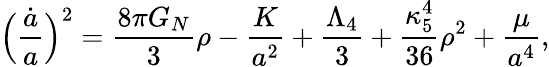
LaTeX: \Bigl(\frac{{\dot{a}}}{a}\Bigr)^{2}=\frac{8\pi G_{N}}{3}\rho-\frac{K}{a^{2}}+\frac{\Lambda_{4}}{3}+\frac{\kappa_{5}^{4}}{36}\rho^{2}+\frac{\mu}{a^{4}},